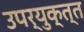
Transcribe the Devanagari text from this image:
उपर्युक्त्त